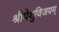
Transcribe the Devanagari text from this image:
श्रीयेशुविजयम्